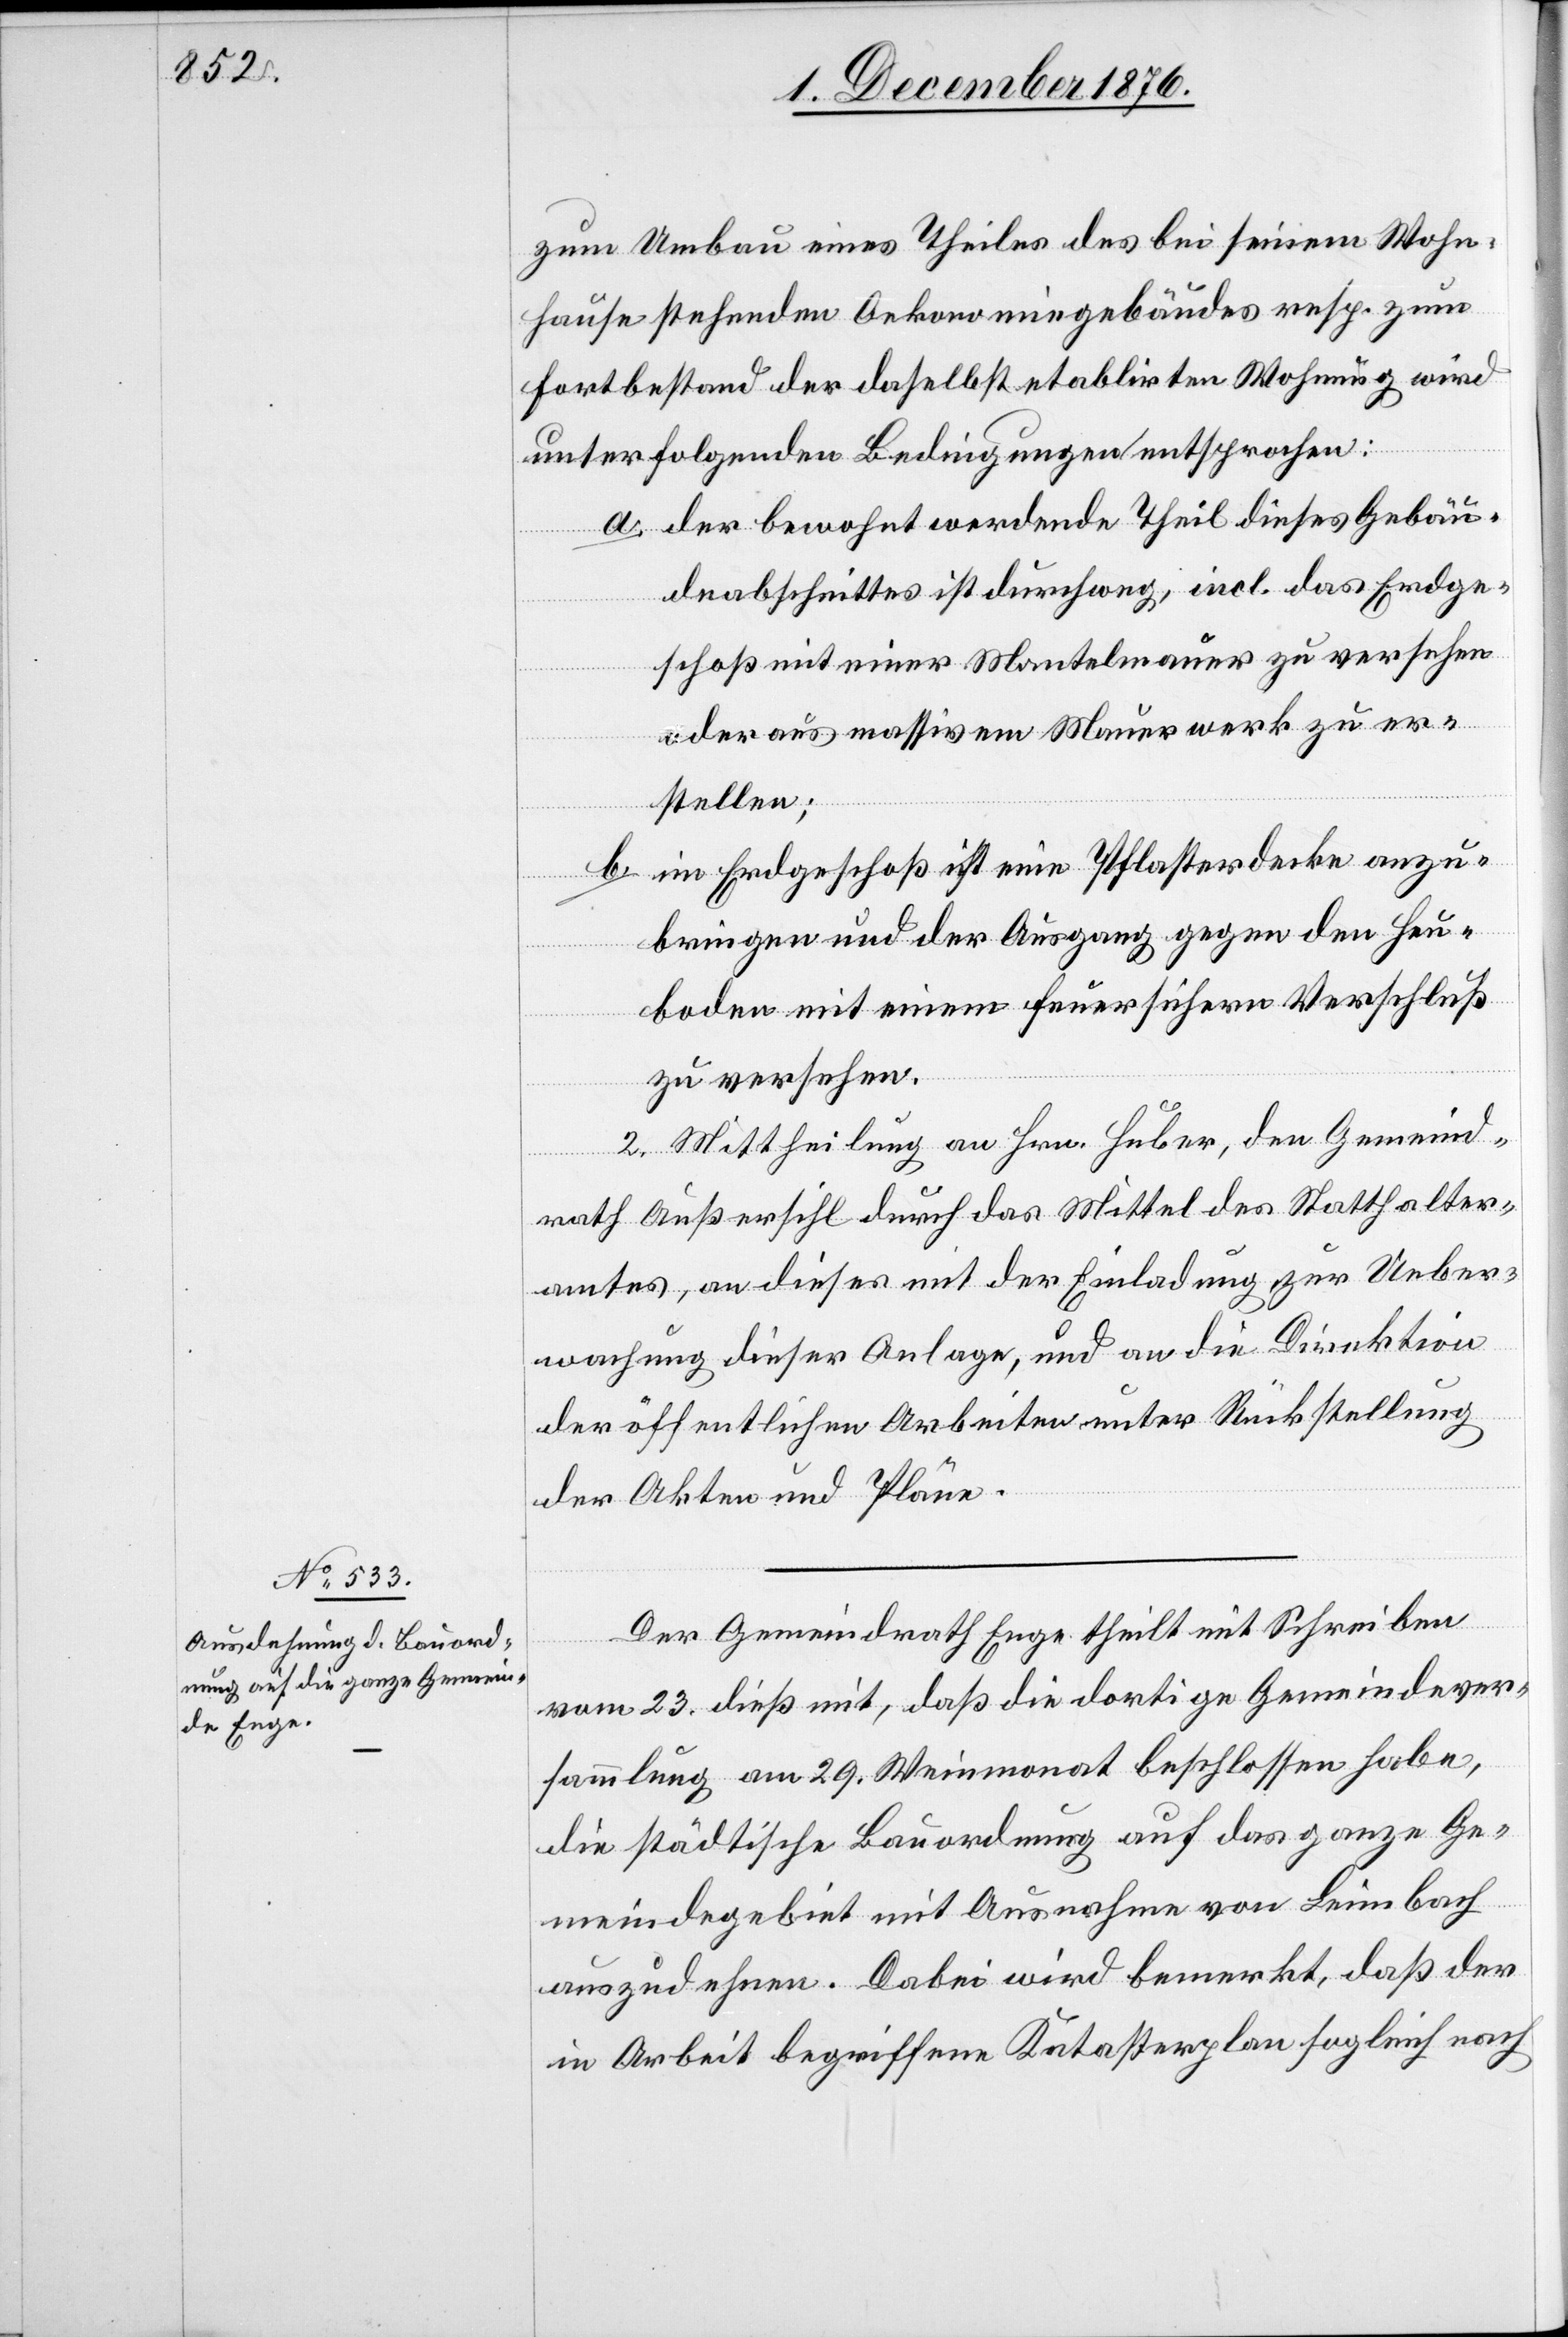
zum Umbau eines Theiles des bei seinem Wohn¬
hause stehenden Oekonomiegebäudes resp. zum
Fortbestand der daselbst etablirten Wohnung wird
unter folgenden Bedingungen entsprochen:
a. der bewohnt werdende Theil dieses Gebäu¬
deabschnittes ist durchweg, incl. das Erdge¬
schoß mit einer Mantelmauer zu versehen
oder aus massivem Mauerwerk zu er¬
stellen;
im Erdgeschoß ist eine Pflasterdecke anzu¬
b.
bringen und der Ausgang gegen den Heu¬
boden mit einem feuersichern Verschluß
zu versehen.
2. Mittheilung an Hrn. Huber, den Gemeind¬
rath Außersihl durch das Mittel des Statthalter¬
amtes, an dieses mit der Einladung zur Ueber¬
wachung dieser Anlage, und an die Direktion
der öffentlichen Arbeiten unter Rückstellung
der Akten und Pläne.
Der Gemeindrath Enge theilt mit Schreiben
vom 23. dieß mit, daß die dortige Gemeindever¬
sammlung am 29. Weinmonat beschlossen habe,
die städtische Bauordnung auf das ganze Ge¬
meindegebiet mit Ausnahme von Leimbach
auszudehnen. Dabei wird bemerkt, daß der
in Arbeit begriffene Katasterplan sogleich nach